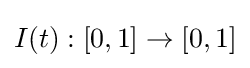
I(t):[0,1]\to [0,1]